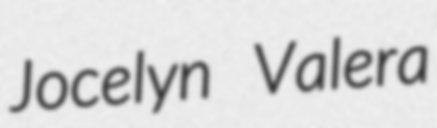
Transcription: Jocelyn Valera